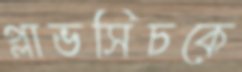
প্লাভসিচকে